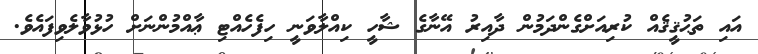
އައި ތަޙުޤީޤެއް ކުރިއަށްގެންދަމުން ދާއިރު އޭނާގެ ޝާހީ ކިއްލާވަނީ ހިފެހެއްޓި ޢާއްމުންނަށް ހުޅުވާލެވިފައެވެ.